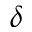
\delta